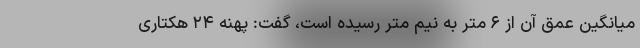
میانگین عمق آن از ۶ متر به نیم متر رسیده است، گفت: پهنه ۲۴ هکتاری